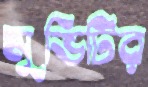
মুভিটির